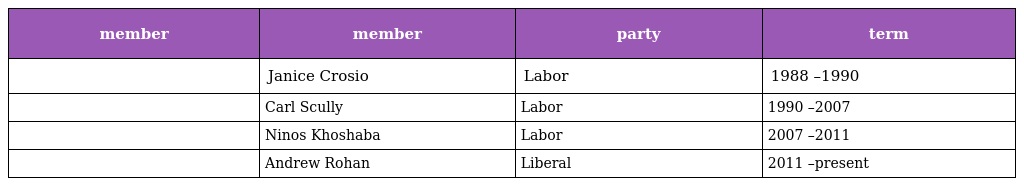
| member | member | party | term |
 | --- | --- | --- | --- |
 |  | Janice Crosio | Labor | 1988 –1990 |
 |  | Carl Scully | Labor | 1990 –2007 |
 |  | Ninos Khoshaba | Labor | 2007 –2011 |
 |  | Andrew Rohan | Liberal | 2011 –present |